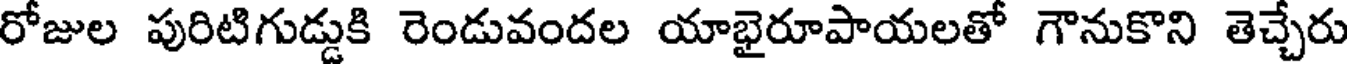
రోజుల పురిటిగుడ్డుకి రెండువందల యాభైరూపాయలతో గౌనుకొని తెచ్చేరు